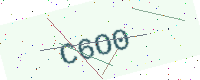
Text: C6O0